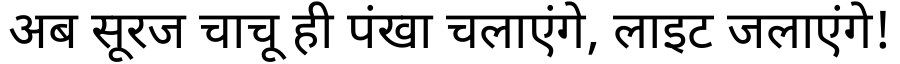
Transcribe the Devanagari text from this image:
अब सूरज चाचू ही पंखा चलाएंगे, लाइट जलाएंगे!